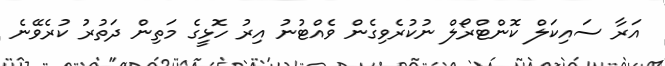
އަރާ ސައިކަލް ކޮންޓްރޯލް ނުކުރެވިގެން ވެއްޓުނު އިރު ހޮޅީގެ މަތިން ދަތުރު ކުރެވޭނެ